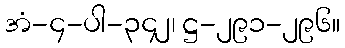
အံ-၄-ပါ-၃၄၂၊ ဋ္ဌ-၂၉၁-၂၉၆။